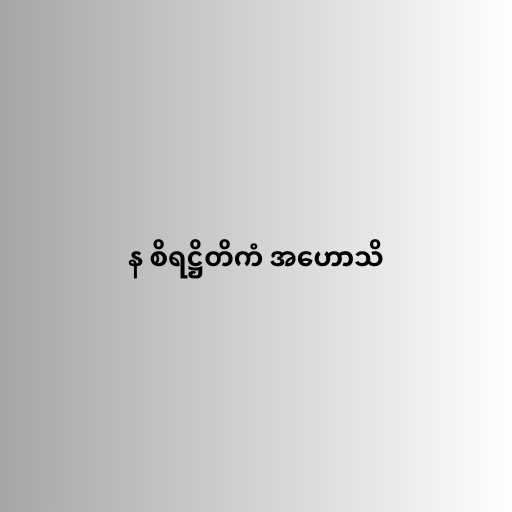
န စိရဋ္ဌိတိကံ အဟောသိ